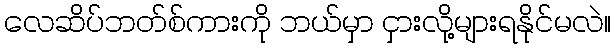
လေဆိပ်ဘတ်စ်ကားကို ဘယ်မှာ ငှားလို့များရနိုင်မလဲ။